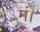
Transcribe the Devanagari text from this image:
मं।